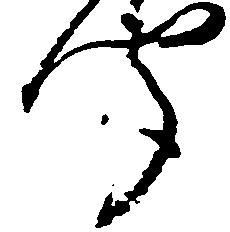
聞